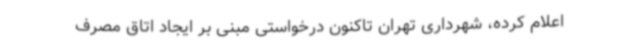
اعلام کرده، شهرداری تهران تاکنون درخواستی مبنی بر ایجاد اتاق مصرف